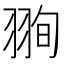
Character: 𦐥